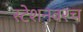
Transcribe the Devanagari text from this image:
स्टेशनवरच